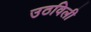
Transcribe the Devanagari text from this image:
उठविली